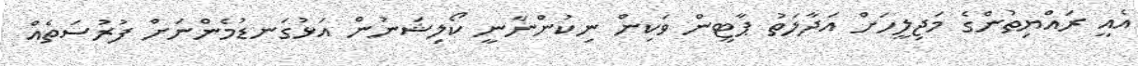
އެއީ ރައްޔިތުންގެ މަޖިލީހަށް އަދާލަތު ޕާޓީން ވަކިން ނިކުންނާނީ ކޯލިޝަނުން އަޅުގަނޑުމެންނަށް ފުރުސަތެއް